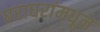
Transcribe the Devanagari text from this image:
घराघरांमधून